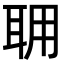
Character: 𦕘